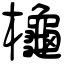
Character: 櫷